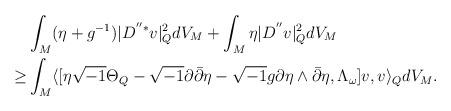
LaTeX: \begin{align*}&\int_M (\eta+g^{-1})|D^{''*}v|^2_QdV_M+\int_M \eta|D^{''}v|^2_QdV_M \\\ge &\int_M \langle[\eta \sqrt{-1}\Theta_Q-\sqrt{-1}\partial \bar{\partial}\eta-\sqrt{-1}g\partial\eta \wedge\bar{\partial}\eta, \Lambda_{\omega}]v,v\rangle_QdV_M.\end{align*}